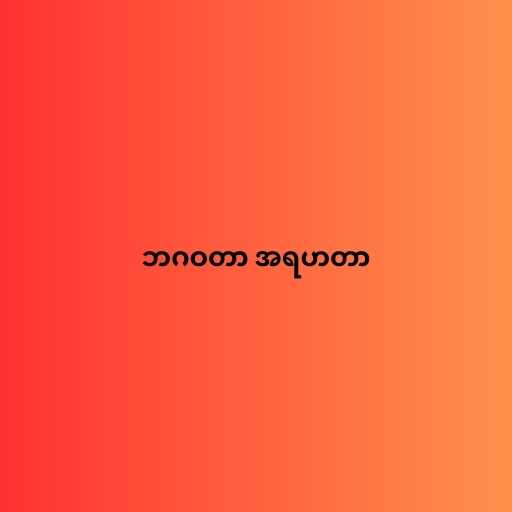
ဘဂဝတာ အရဟတာ